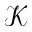
\mathcal { K }